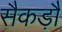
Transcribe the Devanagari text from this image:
सैकड़ौ